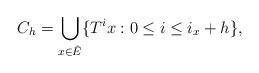
LaTeX: \begin{align*}C_h = \bigcup_{x\in \hat{E}} \{ T^i x : 0 \leq i \leq i_x + h \} , \end{align*}